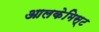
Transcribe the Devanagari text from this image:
आलकेमिस्ट